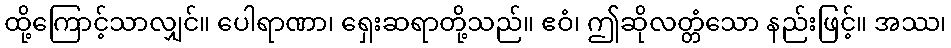
ထို့ကြောင့်သာလျှင်။ ပေါရာဏာ၊ ရှေးဆရာတို့သည်။ ဧဝံ၊ ဤဆိုလတ္တံသော နည်းဖြင့်။ အဿ၊